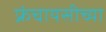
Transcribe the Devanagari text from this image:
फ्रंचायसीच्या